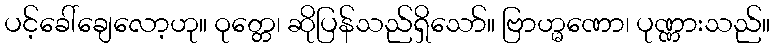
ပင့်ခေါ်ချေလော့ဟု။ ဝုတ္တေ၊ ဆိုပြန်သည်ရှိသော်။ ဗြာဟ္မဏော၊ ပုဏ္ဏားသည်။